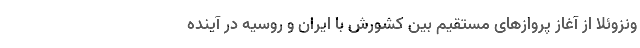
ونزوئلا از آغاز پروازهای مستقیم بین کشورش با ایران و روسیه در آینده